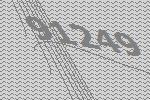
91249